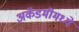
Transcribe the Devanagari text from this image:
अकॅडमीमध्ये